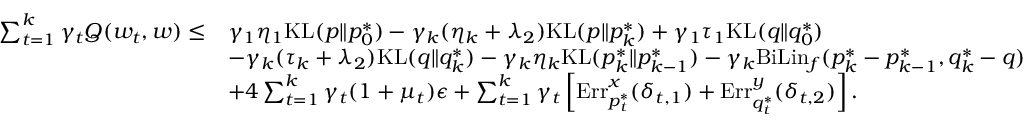
\begin{array} { r l } { \sum _ { t = 1 } ^ { k } \gamma _ { t } Q ( w _ { t } , w ) \leq } & { \gamma _ { 1 } \eta _ { 1 } \mathrm { K L } ( p \| p _ { 0 } ^ { * } ) - \gamma _ { k } ( \eta _ { k } + \lambda _ { 2 } ) \mathrm { K L } ( p \| p _ { k } ^ { * } ) + \gamma _ { 1 } \tau _ { 1 } \mathrm { K L } ( q \| q _ { 0 } ^ { * } ) } \\ & { - \gamma _ { k } ( \tau _ { k } + \lambda _ { 2 } ) \mathrm { K L } ( q \| q _ { k } ^ { * } ) - \gamma _ { k } \eta _ { k } \mathrm { K L } ( p _ { k } ^ { * } \| p _ { k - 1 } ^ { * } ) - \gamma _ { k } \mathrm { B i L i n } _ { f } ( p _ { k } ^ { * } - p _ { k - 1 } ^ { * } , q _ { k } ^ { * } - q ) } \\ & { + 4 \sum _ { t = 1 } ^ { k } \gamma _ { t } ( 1 + \mu _ { t } ) \epsilon + \sum _ { t = 1 } ^ { k } \gamma _ { t } \left[ \mathrm { E r r } _ { p _ { t } ^ { * } } ^ { x } ( \delta _ { t , 1 } ) + \mathrm { E r r } _ { q _ { t } ^ { * } } ^ { y } ( \delta _ { t , 2 } ) \right] . } \end{array}